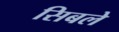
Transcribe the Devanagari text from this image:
सिबले